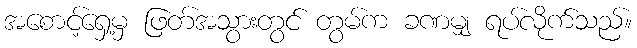
အစောင့်ရှေ့မှ ဖြတ်အသွားတွင် တွမ်က ခဏမျှ ရပ်လိုက်သည်။